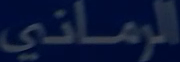
المَمَانِي